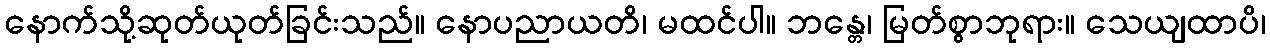
နောက်သို့ဆုတ်ယုတ်ခြင်းသည်။ နောပညာယတိ၊ မထင်ပါ။ ဘန္တေ၊ မြတ်စွာဘုရား။ သေယျထာပိ၊